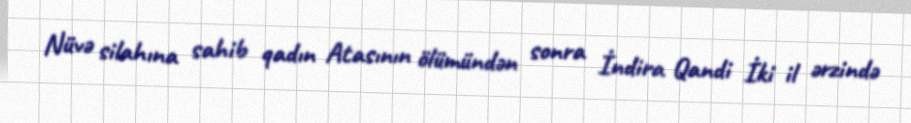
Nüvə silahına sahib qadın Atasının ölümündən sonra İndira Qandi İki il ərzində